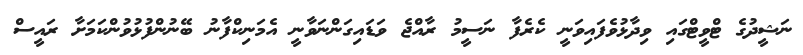
ނަޝީދުގެ ޓްވީޓްގައި ވިދާޅުވެފައިވަނީ ކެރެފާ ނަސީމު ރާއްޖެ ވަޑައިގަންނަވާނީ އެމަނިކްފާނު ބޭނުންފުޅުވުންކަމަށާ ރައީސް